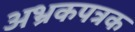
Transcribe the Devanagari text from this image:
अभ्रकपत्रक